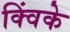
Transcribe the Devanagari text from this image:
क्विंके